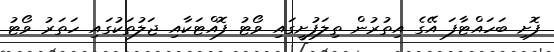
ފޮށި ބަހައްޓާފަ އޭގެ އިތުރުން ތިލަފުށީގައި ވޯޓު ފޮއްޓަކާއި ޖަލުތަކުގައި ހަތަރު ވޯޓު